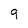
Character: 9